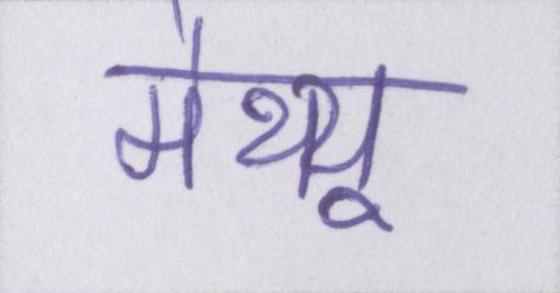
मैथ्यू